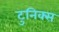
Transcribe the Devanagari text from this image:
टुनिक्स